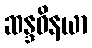
ဆန္ဒဝိနယာ